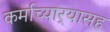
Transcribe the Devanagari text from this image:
कर्माच्यार्‍यासह